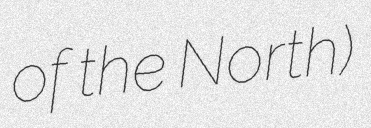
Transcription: of the North)